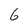
Character: 6